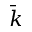
\bar { k }